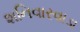
શનિવારવાડા